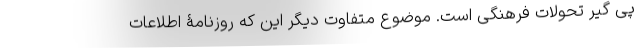
پی گیر تحولات فرهنگی است. موضوع متفاوت دیگر این که روزنامۀ اطلاعات